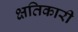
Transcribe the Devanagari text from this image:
क्षतिकारी